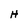
Character: H